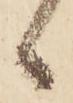
候